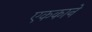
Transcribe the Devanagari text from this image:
एककाने